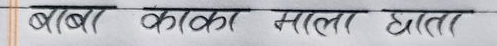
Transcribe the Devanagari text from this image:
बाबर ककर माला घाता